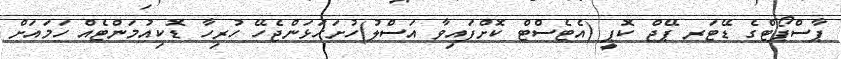
ޕާސްޕޯޓްގެ ޑޭޓަރ ޕޭޖް ކޮޕީ (އެޓެސްޓް ކޮށްފައިވާ އަސްލު)ހުށަހަޅަންޖެހޭ ހުރިހާ ޑޮކިއުމަންޓެއް ހަމައަށް